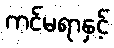
ကင်မရာနှင့်